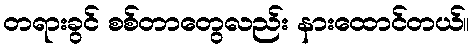
တရားခွင် စစ်တာတွေလည်း နားထောင်တယ်။